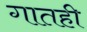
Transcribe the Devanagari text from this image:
गातही